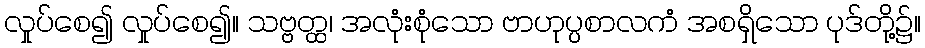
လှုပ်စေ၍ လှုပ်စေ၍။ သဗ္ဗတ္ထ၊ အလုံးစုံသော ဗာဟုပ္ပစာလကံ အစရှိသော ပုဒ်တို့၌။